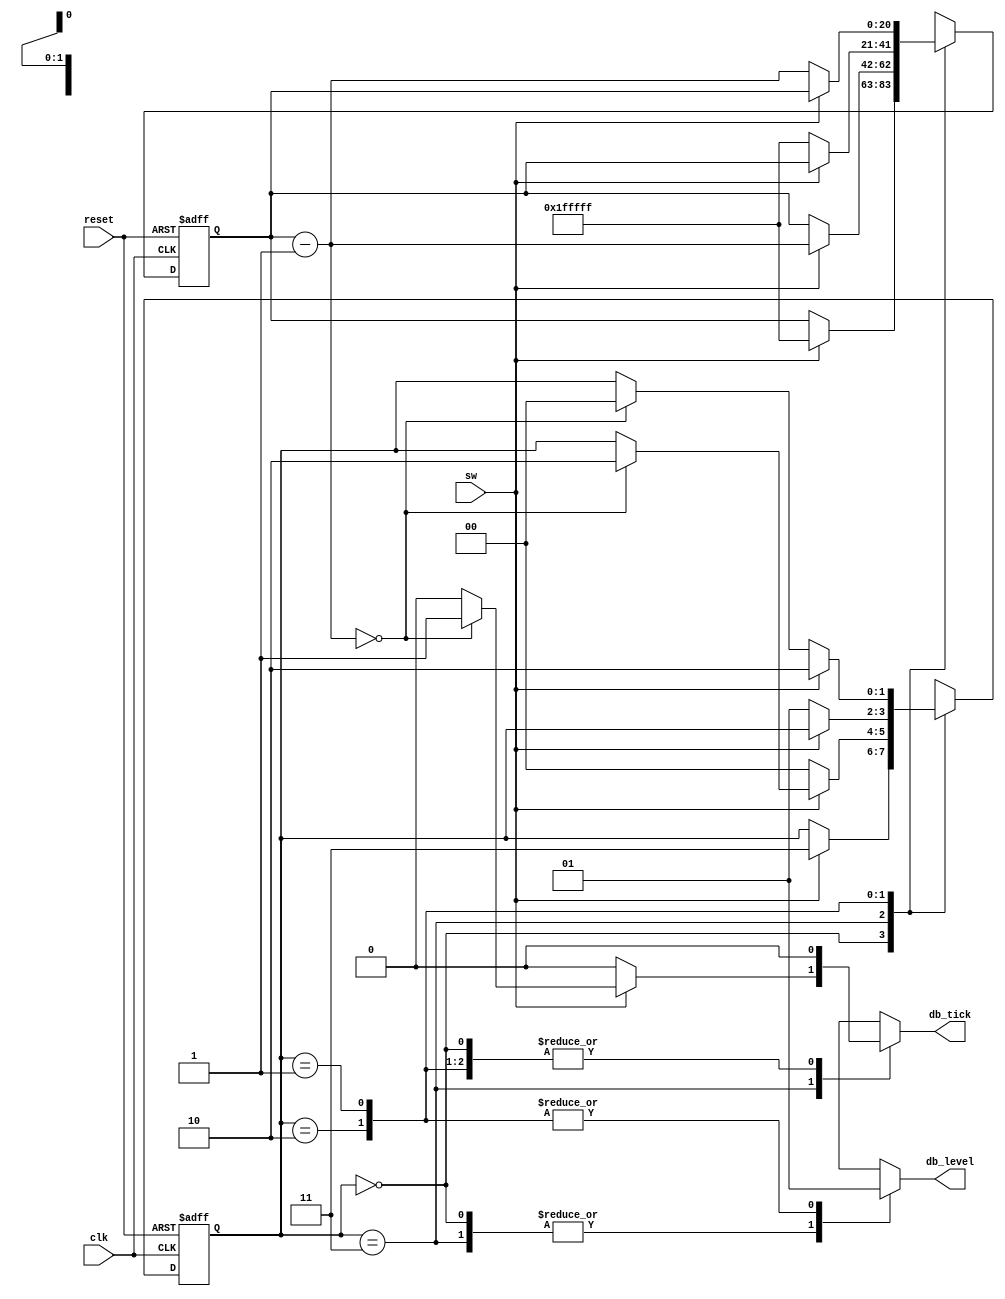
module debounce

	(
	 input wire clk, reset,
	 input wire sw,
	 output reg db_level, db_tick
    );
// symbolic state declaration
	localparam	[1:0]
					zero	= 2'b00,
					wait0	= 2'b01,
					one	= 2'b10,
					wait1 = 2'b11;
// number of counter bits (2(N) * 20ns = 40ms)
localparam N=21;
// signal declaration
reg [N-1:0] q_reg, q_next;
reg [1:0] state_reg, state_next;
// body
// fsmd state & data registers
always @(posedge clk, posedge reset)
	if (reset)
		begin
			state_reg <= zero;
			q_reg <= 0;
		end
	else
		begin
			state_reg <= state_next;
			q_reg <= q_next;
		end
// next-state 
always @*
begin
	state_next = state_reg;
	q_next = q_reg;
	db_tick = 1'b0;
	case (state_reg)
		zero:
			begin
				db_level = 1'b0;
				if (sw)
					begin
						state_next = wait1;
						q_next = {N{1'b1}};
					end
			end
		wait1:
			begin
				db_level = 1'b0;
				if (sw)
					begin
						q_next = q_reg - 1;
						if (q_next == 0)
							begin
								state_next = one;
								db_tick = 1'b1;
							end
					end
				else // sw==0
					state_next = zero;
			end
		one:
			begin
				db_level = 1'b1;
				if (~sw)
					begin
						state_next = wait0;
						q_next = {N{1'b1}};
					end
			end
		wait0:
			begin
				db_level = 1'b1;
				if (~sw)
					begin
						q_next = q_reg - 1;
						if (q_next == 0)
							state_next = zero;
					end
				else //sw==1
					state_next = one;
			end
		default: state_next = zero;
	endcase
end //always
endmodule